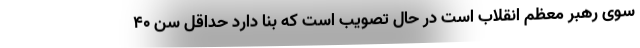
سوی رهبر معظم انقلاب است در حال تصویب است که بنا دارد حداقل سن ۴۰